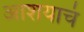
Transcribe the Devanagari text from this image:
आशयाचं